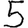
Digit: 5